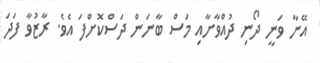
އޭނާ ވަނީ ދޯނި ދުއްވާށާއި މަސް ބާނަން ދަސްކޮށްފަ އެވެ. ރާޒުވާ ފަދަ